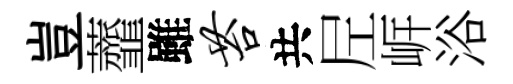
豈虀雖苔共𡰱㟁浴